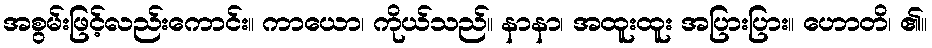
အစွမ်းဖြင့်လည်းကောင်း။ ကာယော၊ ကိုယ်သည်။ နာနာ၊ အထူးထူး အပြားပြား။ ဟောတိ၊ ၏။